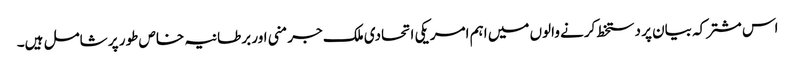
اس مشترکہ بیان پر دستخط کرنے والوں میں اہم امریکی اتحادی ملک جرمنی اور برطانیہ خاص طور پر شامل ہیں۔